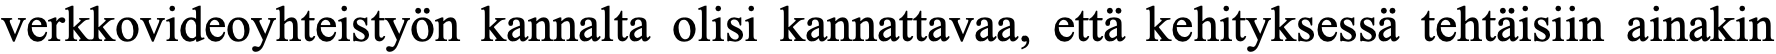
verkkovideoyhteistyön kannalta olisi kannattavaa, että kehityksessä tehtäisiin ainakin